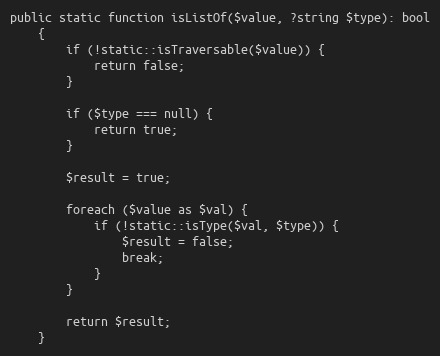
Language: PHP
public static function isListOf($value, ?string $type): bool
    {
        if (!static::isTraversable($value)) {
            return false;
        }

        if ($type === null) {
            return true;
        }

        $result = true;

        foreach ($value as $val) {
            if (!static::isType($val, $type)) {
                $result = false;
                break;
            }
        }

        return $result;
    }